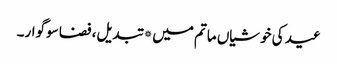
عید کی خوشیاں ماتم میں* تبدیل، فضا سوگوار۔